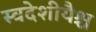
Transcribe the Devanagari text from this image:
स्वदेशीयैश्च